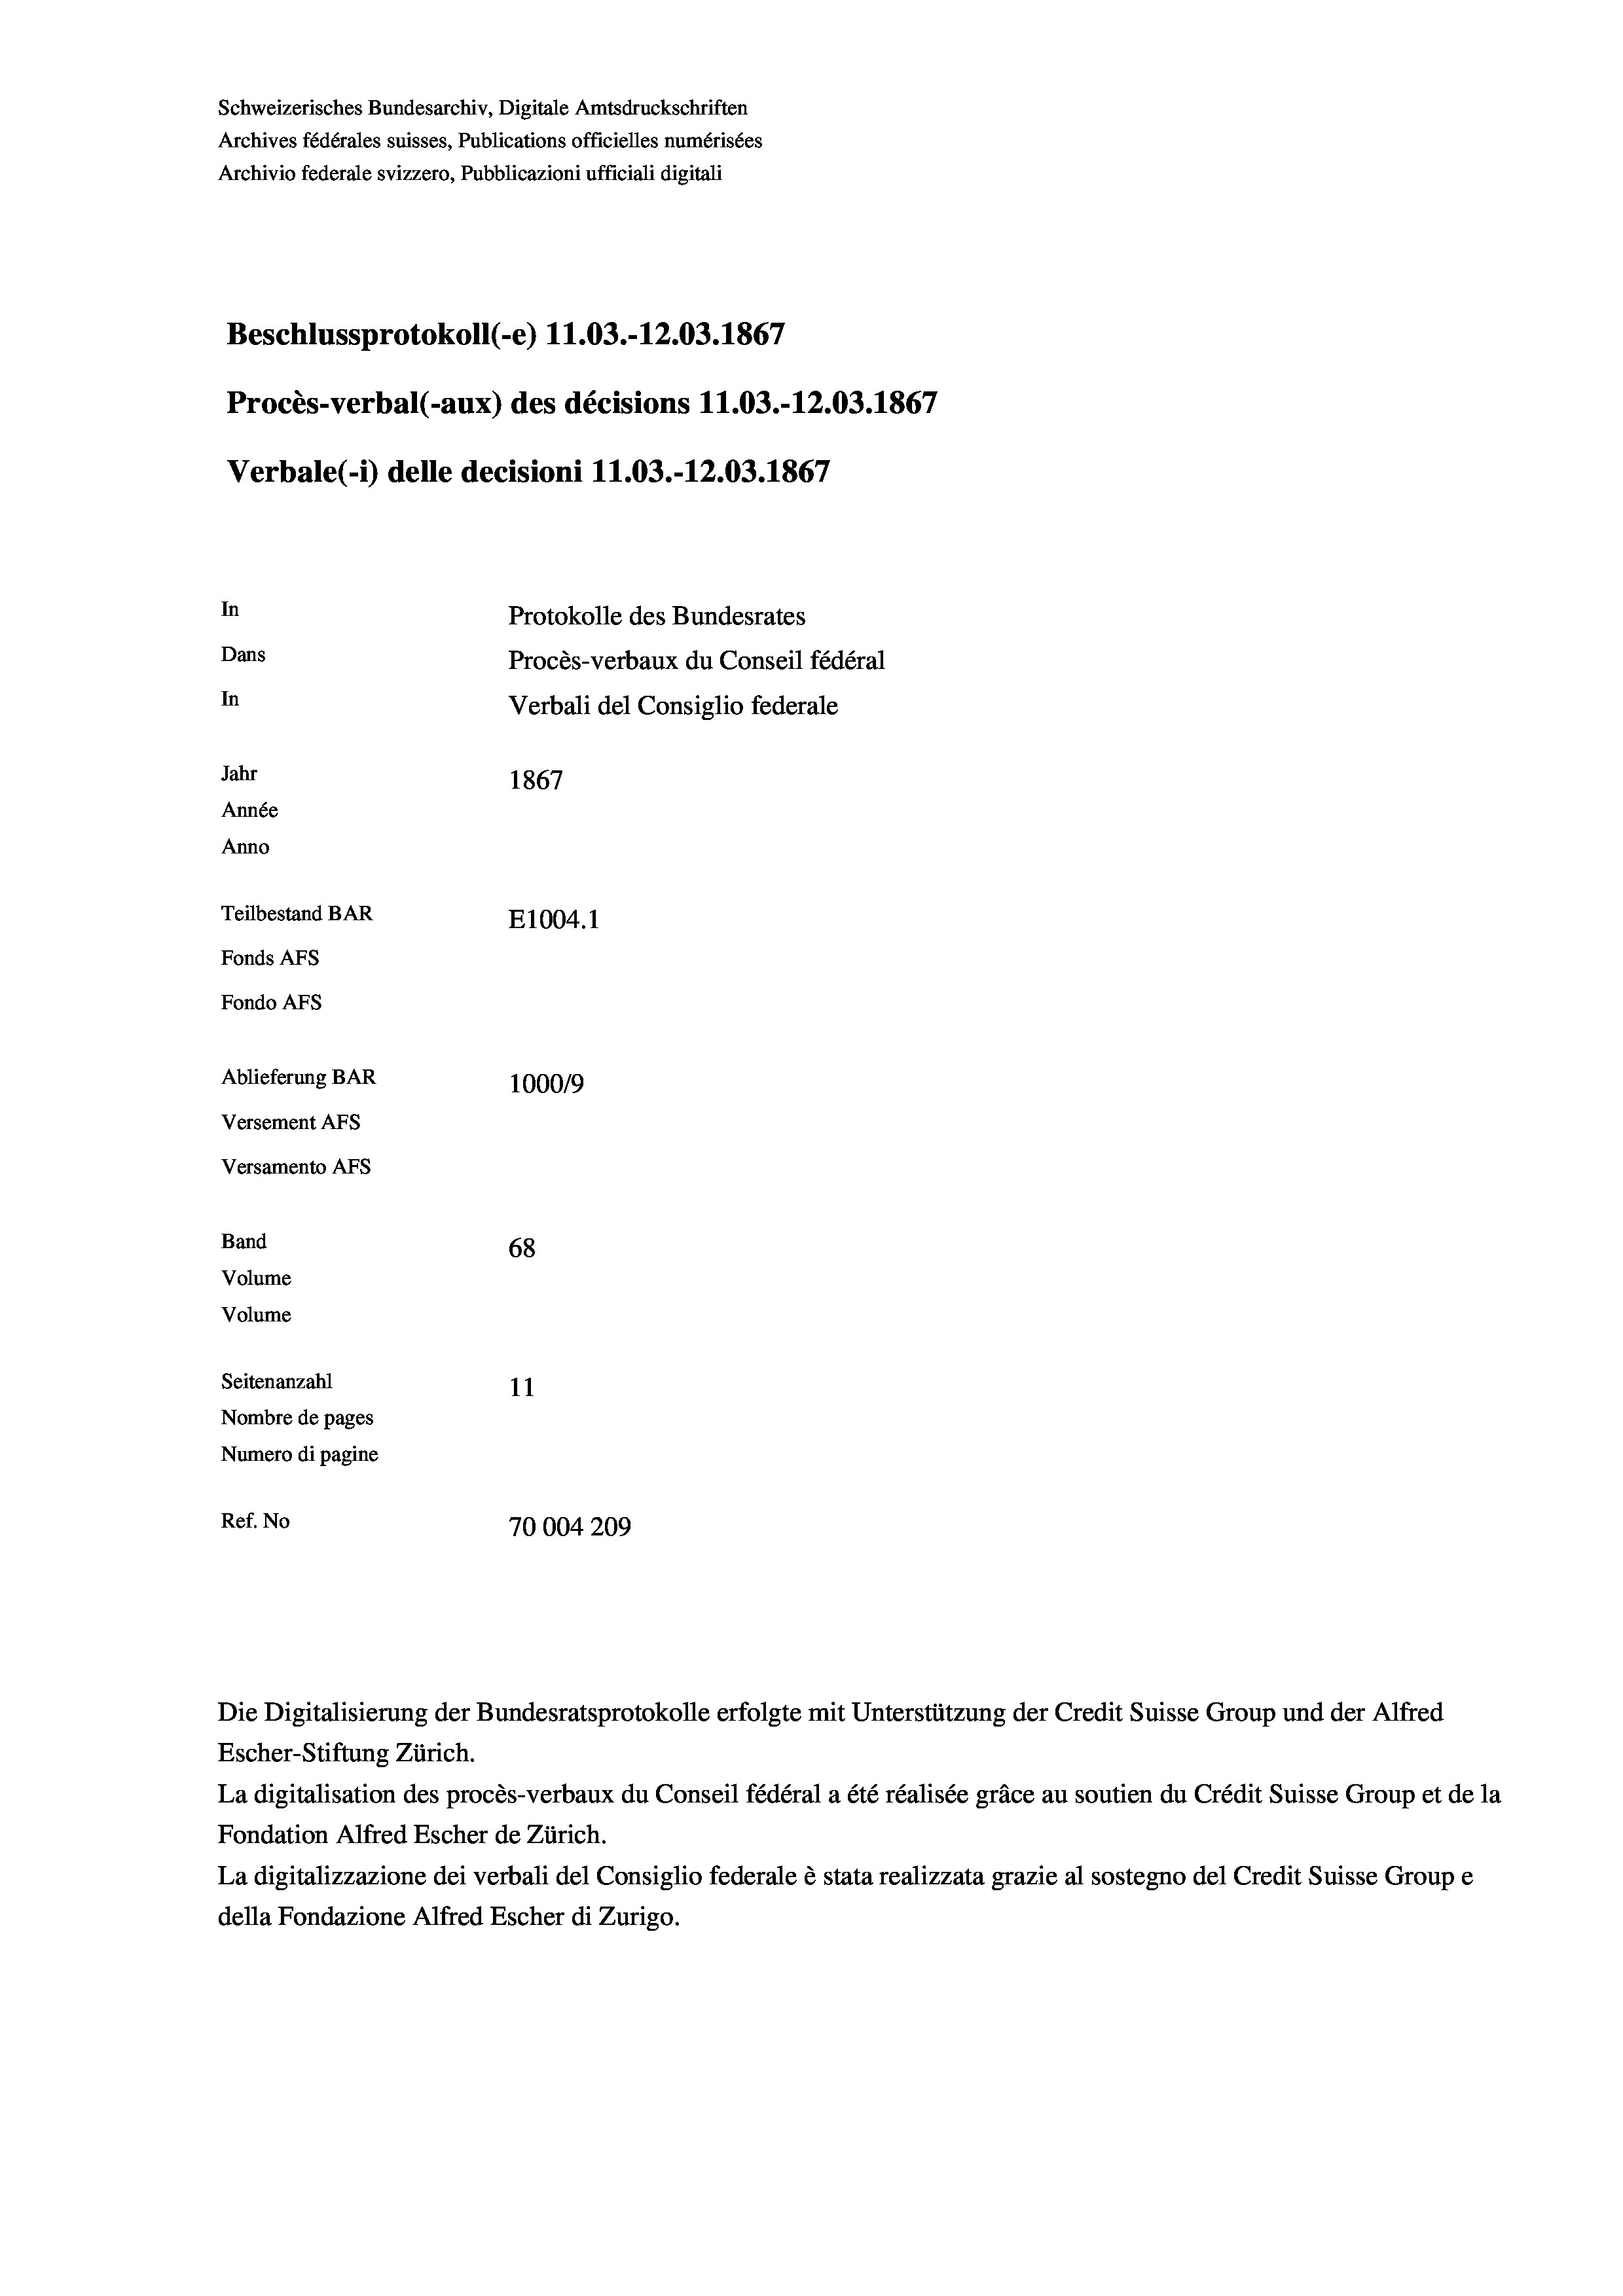
Beschlussprotokoll (-e) 11.03.-12.03. 1867
Procès-verbal (-aux) des décisions 11.03.-12.03. 1867
Verbale(-*) delle decisioni 11.03.-12.03. 1867
In
Protokolle des Bundesrates
Dans
Procès-verbaux du Conseil fédéral
In
Verbali del Consiglio federale
Jahr
1867
Année
Anno
Teilbestand BAR
E1004. 1
Fonds AFs
Fondo AFs
Ablieferung BAR
1000/9
Versement AFs

Versamento Afs
Band
Volume

Schweizerisches Bundesarchiv, Digitale Amtsdruckschriften
Archives fédérales suisses, Publications officielles numérisées
Archivio federale svizzero, Pubblicazioni ufficiali digitali

68
Volume
Seitenanzahl
11
Nombre de pages
Numero di pagine
Ref. No
70004209

Escher-Stiftung Zürich.
La digitalisation des procès-verbaux du Conseil fédéral a été réalisée gräce au soutien du Crédit Suisse Group et de la
Fondation Alfred Escher de Zürich.
La digitalizzazione dei verbali del Consiglio federale è stata realizzata grazie al sostegno del Credit Suisse Groupe
della Fondazione Alfred Escher di Zurigo.

Die Digitalisierung der Bundesratsprotokolle erfolgte mit Unterstützung der Credit Suisse Group und der Alfred